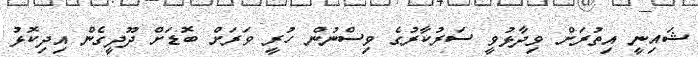
ޝައިނީ އިތުރަށް ވިދާޅުވީ ސަރުކާރުގެ ވިސްނުން ހުރީ ވަރަށް ބޮޑަށް ދޫދީގެން އިދިކޮޅު